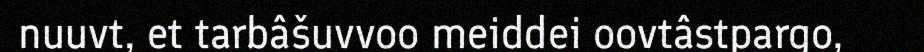
nuuvt, et tarbâšuvvoo meiddei oovtâstpargo,